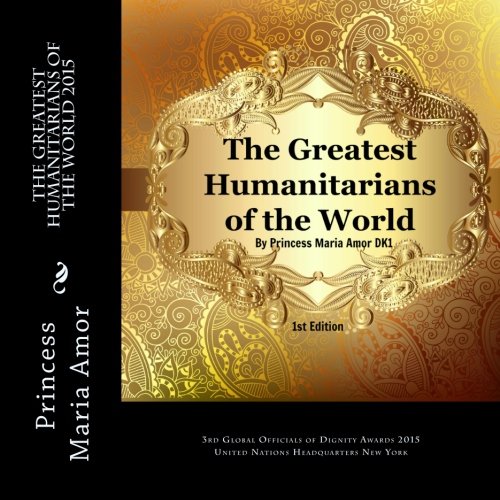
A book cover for The Greatest Humanitarians of the World 2015: 3rd Global Officials of Dignity Awards 2015 New York (Volume 1); Princess Maria Amor; Reference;